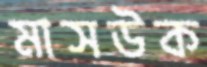
মাসউক